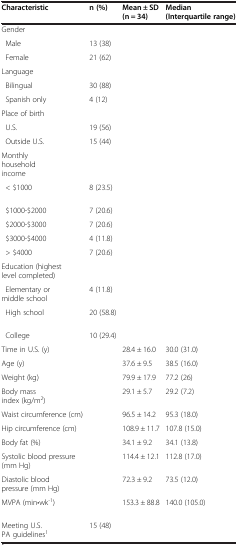
<table><thead><tr><td><b>Characteristic</b></td><td><b>n (%)</b></td><td><b>Mean ± SD (n = 34)</b></td><td><b>Median (Interquartile range)</b></td></tr></thead><tbody><tr><td>Gender</td><td> </td><td> </td><td> </td></tr><tr><td> Male</td><td>13 (38)</td><td> </td><td> </td></tr><tr><td> Female</td><td>21 (62)</td><td> </td><td> </td></tr><tr><td>Language</td><td> </td><td> </td><td> </td></tr><tr><td> Bilingual</td><td>30 (88)</td><td> </td><td> </td></tr><tr><td> Spanish only</td><td>4 (12)</td><td> </td><td> </td></tr><tr><td>Place of birth</td><td> </td><td> </td><td> </td></tr><tr><td> U.S.</td><td>19 (56)</td><td> </td><td> </td></tr><tr><td> Outside U.S.</td><td>15 (44)</td><td> </td><td> </td></tr><tr><td>Monthly household income</td><td> </td><td> </td><td> </td></tr><tr><td> &lt; $1000</td><td>8 (23.5)</td><td> </td><td> </td></tr><tr><td> $1000-$2000</td><td>7 (20.6)</td><td> </td><td> </td></tr><tr><td> $2000-$3000</td><td>7 (20.6)</td><td> </td><td> </td></tr><tr><td> $3000-$4000</td><td>4 (11.8)</td><td> </td><td> </td></tr><tr><td> &gt; $4000</td><td>7 (20.6)</td><td> </td><td> </td></tr><tr><td>Education (highest level completed)</td><td> </td><td> </td><td> </td></tr><tr><td> Elementary or middle school</td><td>4 (11.8)</td><td> </td><td> </td></tr><tr><td> High school</td><td>20 (58.8)</td><td> </td><td> </td></tr><tr><td> College</td><td>10 (29.4)</td><td> </td><td> </td></tr><tr><td>Time in U.S. (y)</td><td> </td><td>28.4 ± 16.0</td><td>30.0 (31.0)</td></tr><tr><td>Age (y)</td><td> </td><td>37.6 ± 9.5</td><td>38.5 (16.0)</td></tr><tr><td>Weight (kg)</td><td> </td><td>79.9 ± 17.9</td><td>77.2 (26)</td></tr><tr><td>Body mass index (kg/m<sup>2</sup>)</td><td> </td><td>29.1 ± 5.7</td><td>29.2 (7.2)</td></tr><tr><td>Waist circumference (cm)</td><td> </td><td>96.5 ± 14.2</td><td>95.3 (18.0)</td></tr><tr><td>Hip circumference (cm)</td><td> </td><td>108.9 ± 11.7</td><td>107.8 (15.0)</td></tr><tr><td>Body fat (%)</td><td> </td><td>34.1 ± 9.2</td><td>34.1 (13.8)</td></tr><tr><td>Systolic blood pressure (mm Hg)</td><td> </td><td>114.4 ± 12.1</td><td>112.8 (17.0)</td></tr><tr><td>Diastolic blood pressure (mm Hg)</td><td> </td><td>72.3 ± 9.2</td><td>73.5 (12.0)</td></tr><tr><td>MVPA (min•wk<sup>-1</sup>)</td><td> </td><td>153.3 ± 88.8</td><td>140.0 (105.0)</td></tr><tr><td>Meeting U.S. PA guidelines<sup>1</sup></td><td>15 (48)</td><td> </td><td> </td></tr></tbody></table>